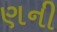
ણની